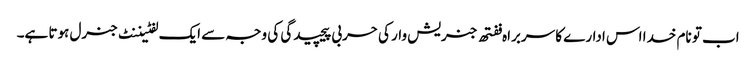
اب تو نام خدا اس ادارے کا سربراہ ففتھ جنریش وار کی حربی پیچیدگی کی وجہ سے ایک لفٹیننٹ جنرل ہوتا ہے۔